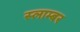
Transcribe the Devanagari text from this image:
स्लाम्बर